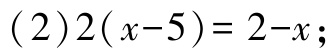
(2)\(2(x - 5)=2 - x\);